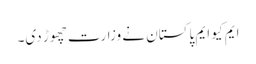
ایم کیو ایم پاکستان نے وزارت چھوڑ دی۔